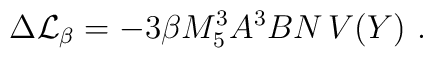
\Delta{\cal L}_{\beta}=- 3\beta M_5^3 A^3B N\, V(Y) \ .